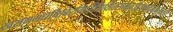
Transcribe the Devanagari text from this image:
खसमगधषिबिरगिरिमिथिलसमतटोड्राष्ववदनदन्तुरकाः।